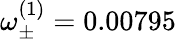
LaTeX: \omega_{\pm}^{(1)}=0.00795